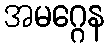
အမဂ္ဂေန